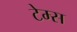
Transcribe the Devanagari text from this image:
टेम्‍स